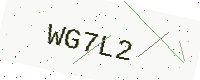
Text: WG7L2